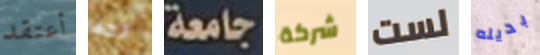
أعتقد لقد جامعة شركة لست بديله